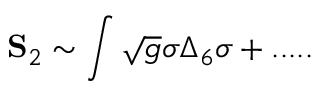
{ \bf S } _ { 2 } \sim \int \sqrt { g } \sigma \Delta _ { 6 } \sigma + . . . . .